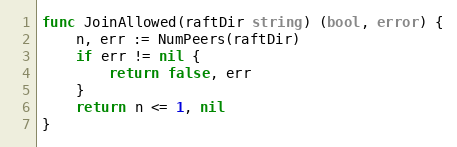
Language: Go
func JoinAllowed(raftDir string) (bool, error) {
	n, err := NumPeers(raftDir)
	if err != nil {
		return false, err
	}
	return n <= 1, nil
}